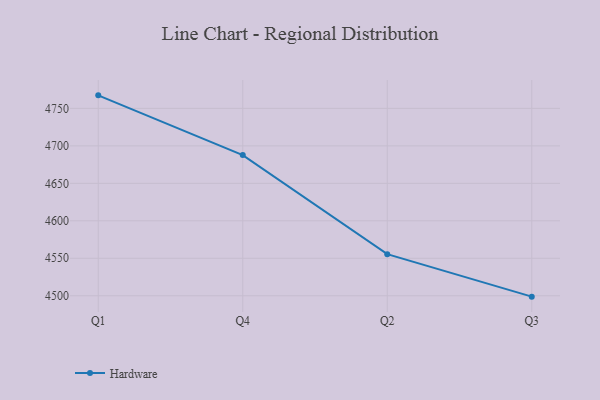
{"axis": {"x": "Quarter", "y": "Conversion Rate (%)"}, "legend": ["Hardware"], "data": [{"x": "Q1", "y": 4767.4, "type": "Hardware"}, {"x": "Q4", "y": 4687.7, "type": "Hardware"}, {"x": "Q2", "y": 4555.5, "type": "Hardware"}, {"x": "Q3", "y": 4498.8, "type": "Hardware"}]}